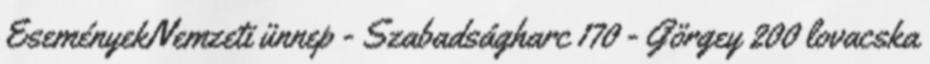
EseményekNemzeti ünnep - Szabadságharc 170 - Görgey 200 lovacska